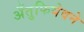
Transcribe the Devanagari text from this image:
अँतुफियेवने